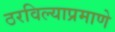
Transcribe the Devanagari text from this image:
ठरविल्याप्रमाणे